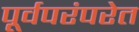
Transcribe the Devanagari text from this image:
पूर्वपरंपरेत